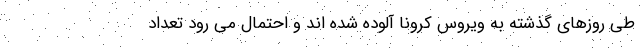
طی روزهای گذشته به ویروس کرونا آلوده شده اند و احتمال می رود تعداد